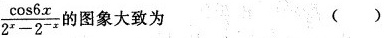
$$\frac{ \cos 6x}{2^{x}-2^{-x}}$$ 的图象大致为 ()